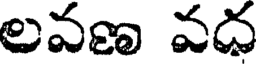
లవణ వధ